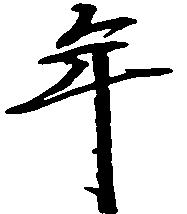
年